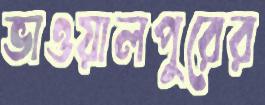
ভাওয়ালপুরের